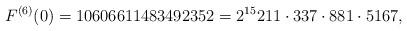
LaTeX: \begin{align*}F^{(6)}(0)=10606611483492352=2^{15}211\cdot 337\cdot 881\cdot 5167,\end{align*}